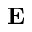
{ \bf E }